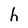
Character: h